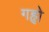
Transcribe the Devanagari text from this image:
गहृो